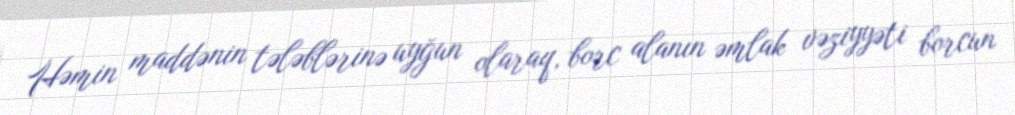
Həmin maddənin tələblərinə uyğun olaraq, borc alanın əmlak vəziyyəti borcun